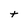
Character: t